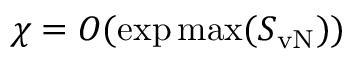
\chi = O ( \exp \operatorname* { m a x } ( S _ { \mathrm { v N } } ) )